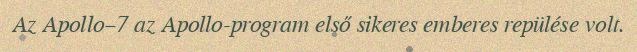
Az Apollo–7 az Apollo-program első sikeres emberes repülése volt.